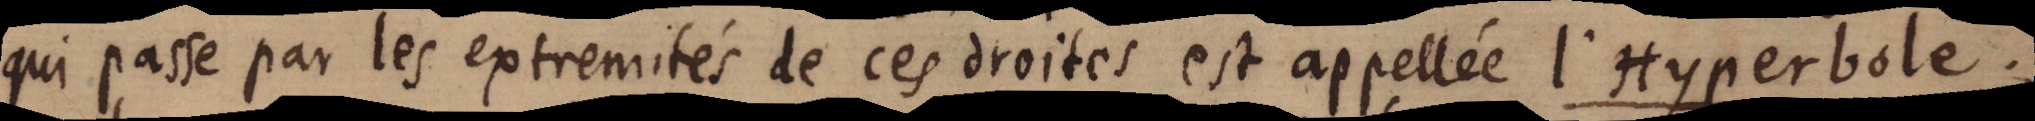
qui passe par les extremités de ces droites est appellée l’ Hyperbole.